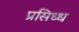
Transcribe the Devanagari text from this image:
प्रसिध्‍ध